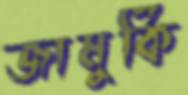
জামুর্কি